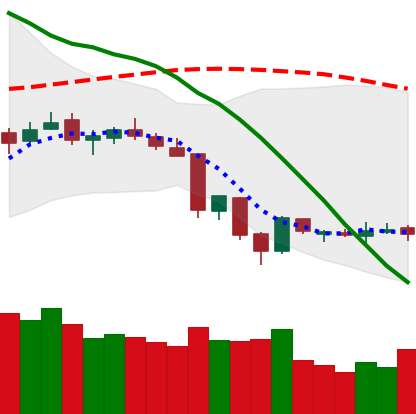
Ticker: XLM-USD
Chart end date: 2018-06-20
Forward return: -14.831%
Label: down_7plus